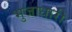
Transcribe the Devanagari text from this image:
भुजाधारी